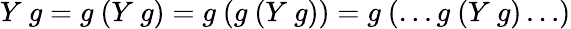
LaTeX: Y\ g=g\ (Y\ g)=g\ (g\ (Y\ g))=g\ (\ldots g\ (Y\ g)\ldots)